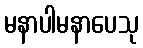
မနာပါမနာပေသု